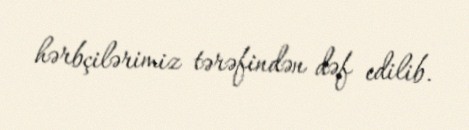
hərbçilərimiz tərəfindən dəf edilib.